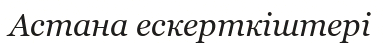
Астана ескерткіштері